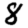
Digit: 8